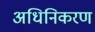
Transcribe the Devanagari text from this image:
अधिनिकरण